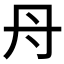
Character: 𮯱